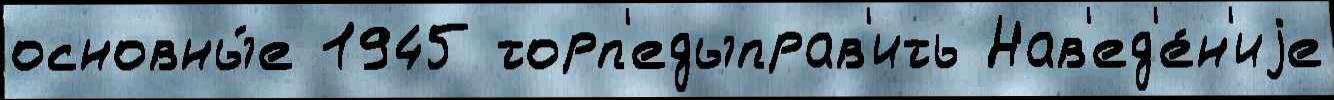
основны́е 1945 торп'едыправ'ить Нав'ед'е́н'иjе